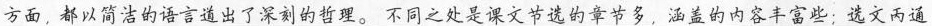
方面，都以简洁的语言道出了深刻的哲理。不同之处是课文节选的章节多，涵盖的内容丰富些；选文丙通